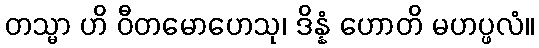
တသ္မာ ဟိ ဝီတမောဟေသု၊ ဒိန္နံ ဟောတိ မဟပ္ဖလံ။